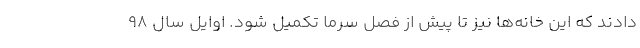
دادند که این خانه‌ها نیز تا پیش از فصل سرما تکمیل شود. اوایل سال ۹۸